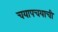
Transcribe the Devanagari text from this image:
चयापचयाची